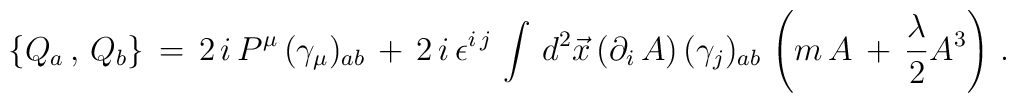
\{Q_{a}\,,\,Q_{b}\}\,=\,2\,i\,P^{\mu }\,(\gamma _{\mu})_{ab}\,+\,2\,i\,\epsilon ^{i\,j}\,\int \,d^{2}\vec{x}\,(\partial_{i}\,A)\,(\gamma _{j})_{ab}\,\left( m\,A\,+\,\frac{\lambda }{2}A^{3}\right)\,.